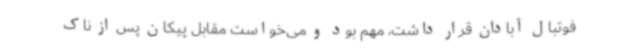
فوتبال آبادان قرار داشت، مهم بود و می‌خواست مقابل پیکان پس از ناک